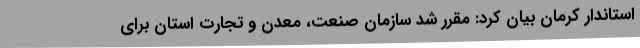
استاندار کرمان بیان کرد: مقرر شد سازمان صنعت، معدن و تجارت استان برای